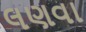
લણવા